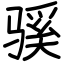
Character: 𫘬